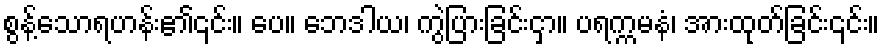
စွန့်သောရဟန်း၏၎င်း။ ပေ။ ဘေဒါယ၊ ကွဲပြားခြင်းငှာ။ ပရက္ကမနံ၊ အားထုတ်ခြင်း၎င်း။